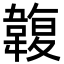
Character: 䪖